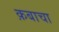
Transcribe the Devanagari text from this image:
क़बाचा